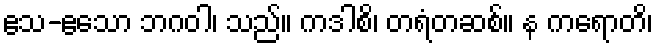
ဧသ-ဧသော ဘဂဝါ၊ သည်။ ကဒါစိ၊ တရံတဆစ်။ န ကရောတိ၊